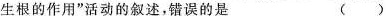
生根的作用”活动的叙述，错误的是 （ ）